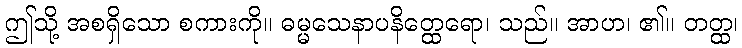
ဤသို့ အစရှိသော စကားကို။ ဓမ္မသေနာပနိတ္ထေရော၊ သည်။ အာဟ၊ ၏။ တတ္ထ၊